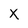
Character: X